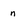
Character: n